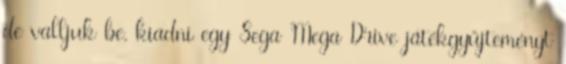
de valljuk be, kiadni egy Sega Mega Drive játékgyűjteményt